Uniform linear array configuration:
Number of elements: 24
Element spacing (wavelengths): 0.25
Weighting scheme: binomial
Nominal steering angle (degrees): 60
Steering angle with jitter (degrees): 61.397
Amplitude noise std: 0.05
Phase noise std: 0.05

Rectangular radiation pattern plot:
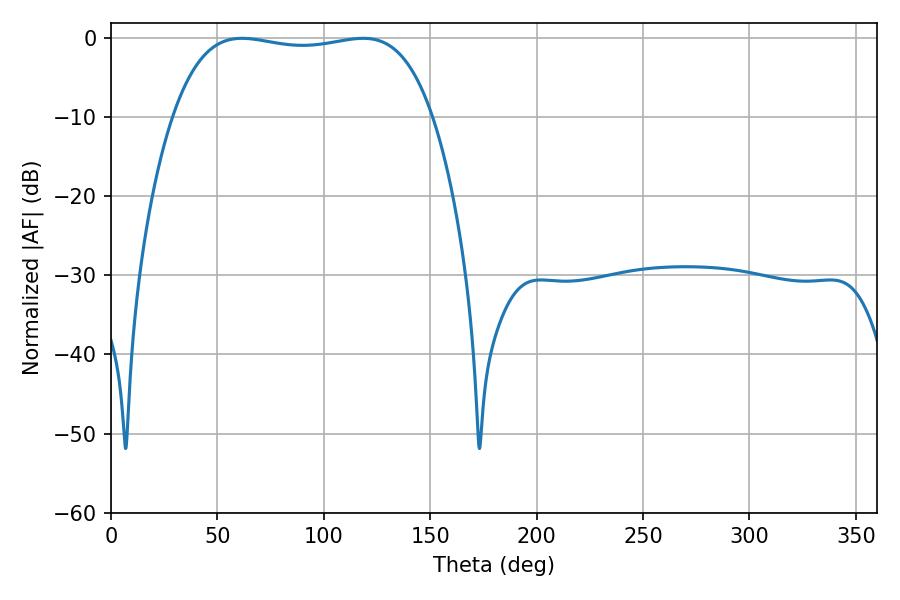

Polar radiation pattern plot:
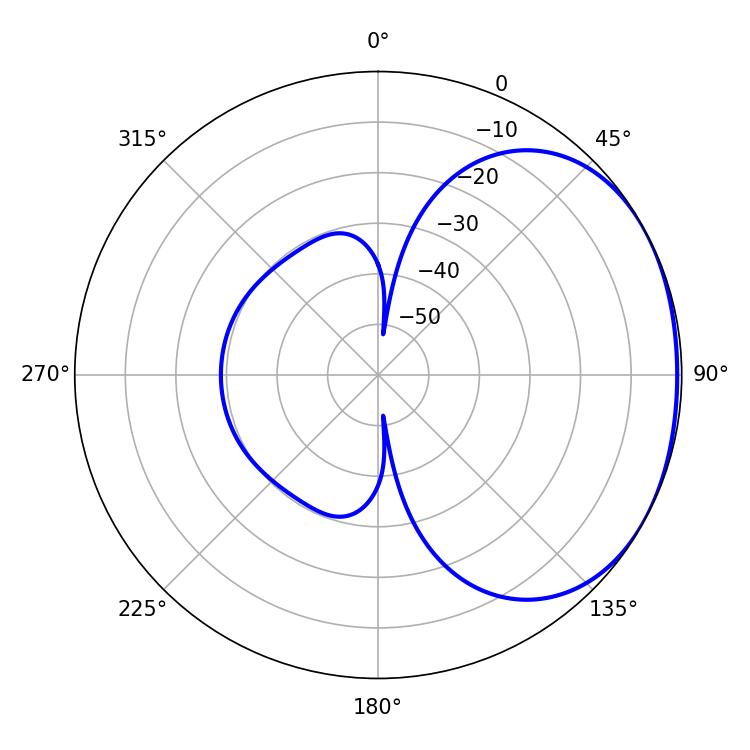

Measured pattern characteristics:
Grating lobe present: FALSE
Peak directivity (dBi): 1.567
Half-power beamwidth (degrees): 97.56
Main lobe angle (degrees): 61.56